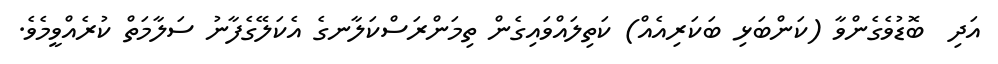
އަދި  ބޮޑުވެގެންވާ (ކަންބަޅި ބަކަރިއެއް) ކަތިލައްވައިގެން ތިމަންރަސްކަލާނގެ އެކަލޭގެފާނު ސަލާމަތް ކުރެއްވީމެވެ.